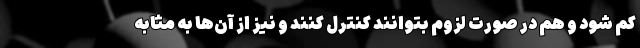
کم شود و هم در صورت لزوم بتوانند کنترل کنند و نیز از آن‌ها به مثابه